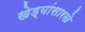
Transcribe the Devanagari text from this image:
खेड्यांसारखे